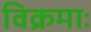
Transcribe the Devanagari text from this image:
विक्रमाः